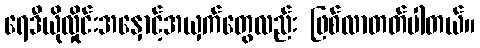
ရေဒီယိုလှိုင်းအနှောင့်အယှက်တွေလည်း ဖြစ်လာတတ်ပါတယ်။